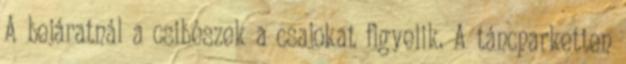
A bejáratnál a csibészek a csajokat figyelik. A táncparketten